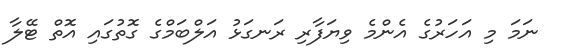
ނަމަ މި އަހަރުގެ އެންމެ ވިޔަފާރި ރަނގަޅު އަލްބަމްގެ ގޮތުގައި އޮތް ޓޭލާ